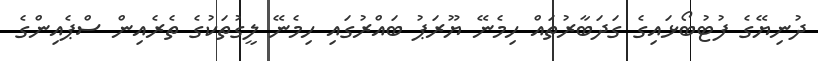
ދުނިޔޭގެ ފުޓުބޯޅައިގެ ގަދަބާރުތައް ހިމެނޭ ޔޫރަޕު ބައްރުގައި ހިމެނޭ ލީގުތަކުގެ ތެރެއިން ސްޕެއިންގެ